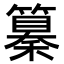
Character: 𥣚